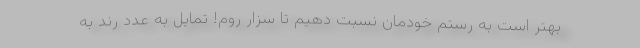
بهتر است به رستم خودمان نسبت دهیم تا سزار روم! تمایل به عدد رُند به